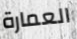
العمارة